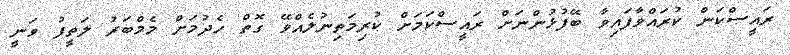
ރައީސްކަން ކުރައްވާފައިވާ ބޭފުޅުންނަށް ރައީސްކަމަށް ކުރިމަތިނުލެއްވޭ ގޮތް ހެދުމަށް މެމްބަރު ލަތީފު ވަނީ